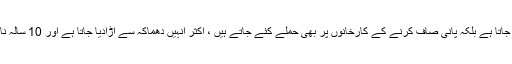
پانی کی سربراہی کو نہ صرف جنگ کے دنوں میں اجتماعی سزا کے طور پر نشانہ بنایا جاتا ہے بلکہ پانی صاف کرنے کے کارخانوں پر بھی حملے کئے جاتے ہیں ، اکثر انہیں دھماکہ سے اڑادیا جاتا ہے اور 10 سالہ ناکہ بندی ختم ہونے تک اس بات کی بہت کم امید ہے کہ اس کا کوئی موثر حل برآمد ہوگا۔